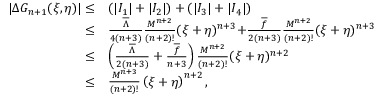
\begin{array} { r l } { | \Delta G _ { n + 1 } ( \xi , \eta ) | \leq } & { \left( | I _ { 1 } | + | I _ { 2 } | \right) + \left( | I _ { 3 } | + | I _ { 4 } | \right) } \\ { \leq } & { \frac { { { { \overline { { \Lambda } } } } } } { 4 ( n + 3 ) } \frac { M ^ { n + 2 } } { ( n + 2 ) ! } ( \xi + \eta ) ^ { n + 3 } { + } \frac { { \overline { { f } } } } { 2 ( n + 3 ) } \frac { M ^ { n + 2 } } { ( n + 2 ) ! } ( \xi + \eta ) ^ { n + 3 } } \\ { \leq } & { \left( \frac { { { { \overline { { \Lambda } } } } } } { 2 ( n + 3 ) } + \frac { { \overline { { f } } } } { n + 3 } \right) \frac { M ^ { n + 2 } } { ( n + 2 ) ! } ( \xi + \eta ) ^ { n + 2 } } \\ { \leq } & { \frac { M ^ { n + 3 } } { ( n + 2 ) ! } \left( \xi + \eta \right) ^ { n + 2 } , } \end{array}